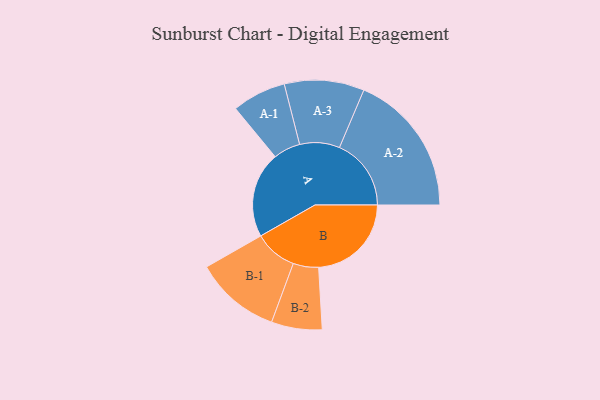
{"axis": {"x": "Segment", "y": "Value"}, "legend": ["", "A", "B"], "data": [{"x": "A", "y": 359, "type": ""}, {"x": "B", "y": 388, "type": ""}, {"x": "A-1", "y": 113, "type": "A"}, {"x": "A-2", "y": 300, "type": "A"}, {"x": "A-3", "y": 167, "type": "A"}, {"x": "B-1", "y": 179, "type": "B"}, {"x": "B-2", "y": 106, "type": "B"}]}